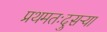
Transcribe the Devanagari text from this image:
प्रथमतःदुसऱ्या